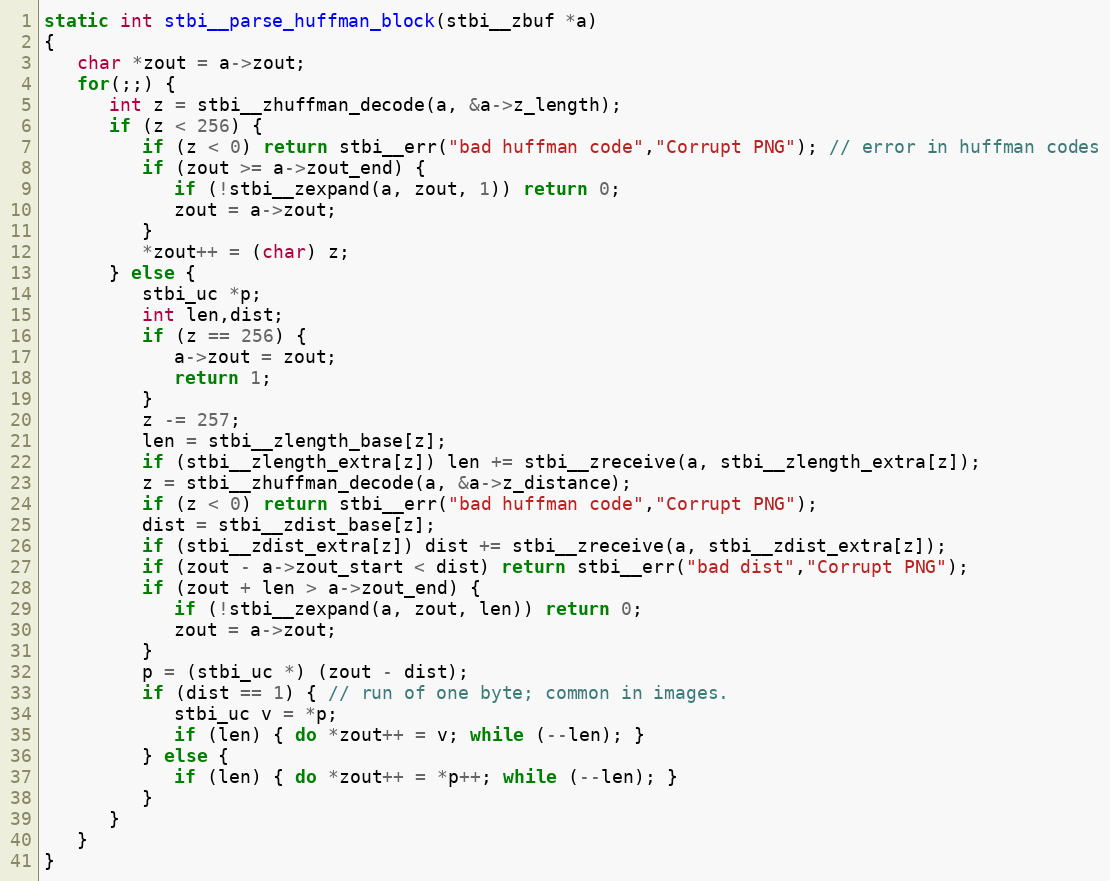
Language: C
static int stbi__parse_huffman_block(stbi__zbuf *a)
{
   char *zout = a->zout;
   for(;;) {
      int z = stbi__zhuffman_decode(a, &a->z_length);
      if (z < 256) {
         if (z < 0) return stbi__err("bad huffman code","Corrupt PNG"); // error in huffman codes
         if (zout >= a->zout_end) {
            if (!stbi__zexpand(a, zout, 1)) return 0;
            zout = a->zout;
         }
         *zout++ = (char) z;
      } else {
         stbi_uc *p;
         int len,dist;
         if (z == 256) {
            a->zout = zout;
            return 1;
         }
         z -= 257;
         len = stbi__zlength_base[z];
         if (stbi__zlength_extra[z]) len += stbi__zreceive(a, stbi__zlength_extra[z]);
         z = stbi__zhuffman_decode(a, &a->z_distance);
         if (z < 0) return stbi__err("bad huffman code","Corrupt PNG");
         dist = stbi__zdist_base[z];
         if (stbi__zdist_extra[z]) dist += stbi__zreceive(a, stbi__zdist_extra[z]);
         if (zout - a->zout_start < dist) return stbi__err("bad dist","Corrupt PNG");
         if (zout + len > a->zout_end) {
            if (!stbi__zexpand(a, zout, len)) return 0;
            zout = a->zout;
         }
         p = (stbi_uc *) (zout - dist);
         if (dist == 1) { // run of one byte; common in images.
            stbi_uc v = *p;
            if (len) { do *zout++ = v; while (--len); }
         } else {
            if (len) { do *zout++ = *p++; while (--len); }
         }
      }
   }
}